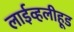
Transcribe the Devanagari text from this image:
लाईव्हलीहूड